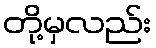
တို့မှလည်း